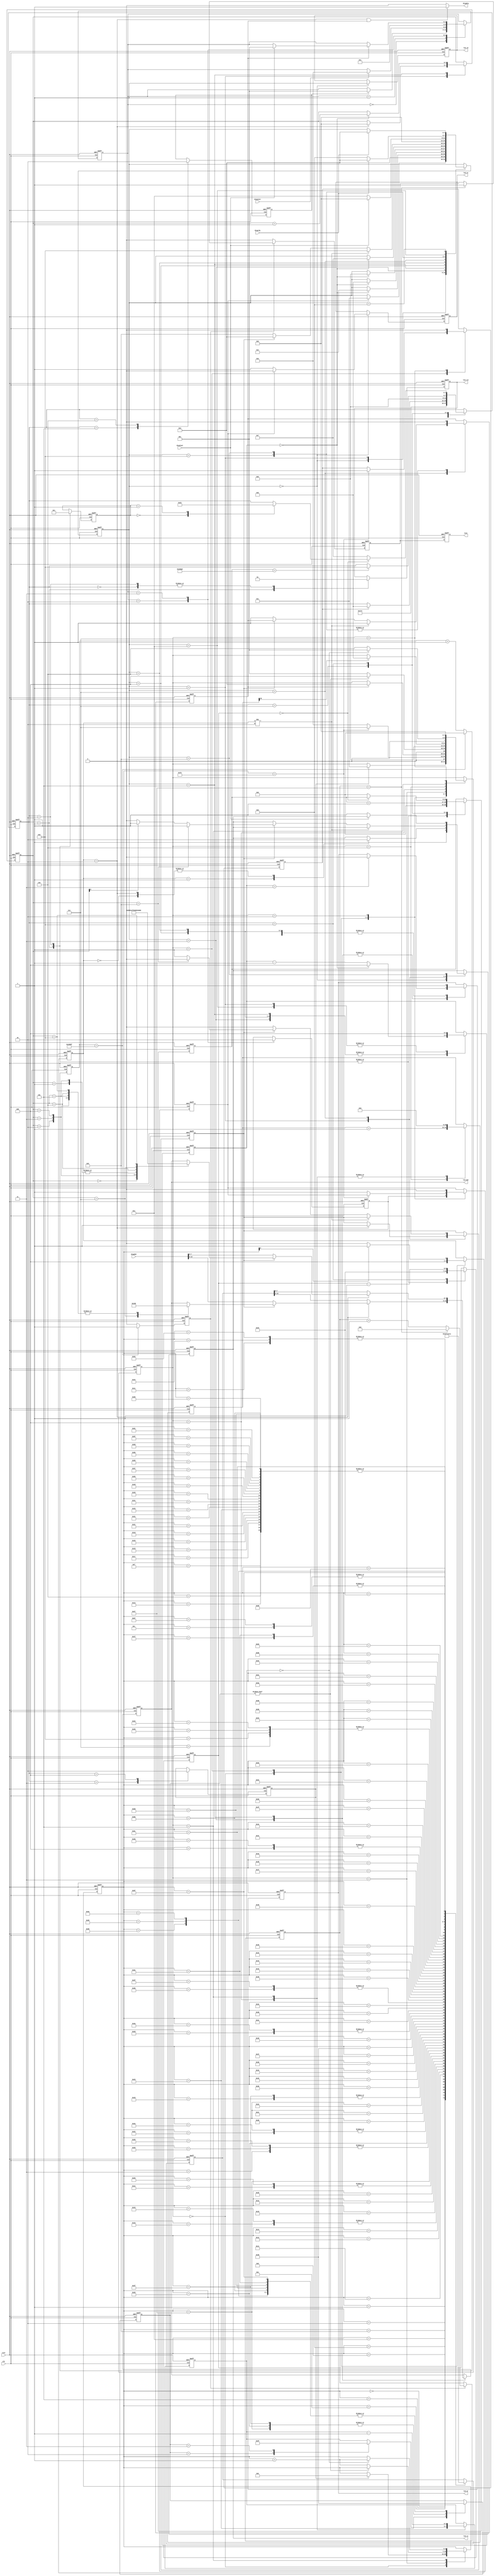
//====================================================================================

  //  Data             :     2013-03-10
  //  Rev              :     1.0
  //  HomePage         :     hevc265.taobao.com       
   
//====================================================================================

 
  


//====================================================================================



`timescale 1ns / 1ps


module LCD_top(
	       rstn,	
               clk, 
               dispinit,
               dispdat,
               disprdy,
               displast,
                         
               lcd_rst,        
               lcd_cs,
               lcd_rs,
               lcd_rd,
               lcd_wr,
               lcd_dat,
               dispdrq,
               test                 		  		  
	      );     
			  
			  
			  
input rstn;	
input clk;
input dispinit;
input [15:0]dispdat;
input disprdy;
input displast;
 
output lcd_rst;
output lcd_cs;
output lcd_rs;
output lcd_rd;
output lcd_wr;
output [7:0]lcd_dat;

output dispdrq;
output test;



//====================================================

reg lcd_rst;
reg lcd_cs;
reg lcd_rs;
reg lcd_rd;
reg lcd_wr;
reg [7:0]lcd_dat;


//====================================================


reg [16:0]dlycnt;
reg [6:0]dly1ms;
reg [2:0]dlyback;
reg parstart;
reg dispstart;


reg [3:0]ctrl;

parameter  LCD_IDLE    = 4'd0;
parameter  LCD_INIT    = 4'd1;
parameter  SET_RST     = 4'd2;
parameter  SET_PAR     = 4'd3;
parameter  WT_PAR      = 4'd4;
parameter  WRT_PIX     = 4'd5;
parameter  WT_PIX      = 4'd6;
parameter  DE_LAY      = 4'd7;
parameter  DE_LAY1     = 4'd8;





reg [3:0]wctrl;

parameter W_IDLE     = 4'd0;
parameter W_INIT     = 4'd1;
parameter W_SETNCS   = 4'd2;
parameter W_SETWR    = 4'd3;
parameter W_SETWR1   = 4'd4;
parameter W_SETWR2   = 4'd5;
parameter W_SETWR3   = 4'd6;
parameter W_END1     = 4'd7;
parameter W_END2     = 4'd8;
parameter W_END3     = 4'd9;
parameter W_END4     = 4'd10;
parameter W_WTPIX    = 4'd11;

reg [2:0]wdly;
reg wpixfst;
reg wdone;

reg [15:0]wdata;
reg [1:0]pdlysty;


reg [3:0]pctrl;

parameter PAR_IDLE     = 4'd0;
parameter PAR_WINIT    = 4'd1;
parameter PAR_WAIT     = 4'd2;
parameter PAR_NXT      = 4'd3;
parameter PAR_DLY      = 4'd4;
parameter PAR_DLY1     = 4'd5;
parameter PAR_8MS      = 4'd6;
parameter PAR_END      = 4'd7;

reg [6:0]wparacnt;
reg wstart;
reg [1:0]wstyle;

reg [20:0]pdlycnt;
reg [3:0]pdlycnt1;
reg paradone;


reg [2:0]dctrl;

parameter DISP_IDLE  = 3'd0;
parameter DISP_FRMI  = 3'd1;
parameter DISP_FRMW0 = 3'd2;
parameter DISP_FRMW1 = 3'd3;


reg [8:0]disprown;
reg [7:0]dispcoln;
reg dispwrti;
reg wlast;

reg [15:0]wpixdata;

reg time1ms;
reg [16:0]timecnt;
reg time40ms;
reg [5:0]tmscnt;
reg dispfrmi;


//====================================================




always @(posedge clk or negedge rstn) 
begin
     if(!rstn)
     	  begin

     	  end
     else 
          begin
           
          end
end




//=========================== CONTROL FSM =================================================


always @(posedge clk or negedge rstn) 
begin
     if(!rstn)
     	  begin
     	       lcd_rst <= 1'b1;
     	       
     	       dlycnt <= 17'd0;
     	       dly1ms <= 7'd0;
     	       dlyback <= 3'd0;
     	       
     	       parstart <= 1'b0;
     	       dispstart <= 1'b0;
     	  
               ctrl  <= LCD_IDLE;
     	  end
     else 
          begin
               case(ctrl)
                   LCD_IDLE:
                        begin
                             lcd_rst <= 1'b1;
                             
                             ctrl <= LCD_INIT;       //-- LCD
                        end
                        
                   LCD_INIT:
                        begin                             
                             lcd_rst <= 1'b0;    //-- , keep 100ms;   
                             dlyback <= 3'd0;  
                             dlycnt <= 18'd0;  
                             dly1ms <= 7'd100;
                                                         
                             ctrl <= DE_LAY;      //-- SET_RST;
                        end
                        
                   SET_RST:
                        begin
                             lcd_rst <= 1'b1;
                             
                             dlyback <= 3'd1;
                             dlycnt <= 18'd0;
                             dly1ms <= 7'd100;
                             
                             ctrl <= DE_LAY;      //--  SET_PAR;
                        end
                        
                   SET_PAR:
                        begin
                             parstart <= 1'b1;
                             ctrl <= WT_PAR;
                        end
                   
                   WT_PAR:
                        begin
                             parstart <= 1'b0;   //-- keep 1clk;
                             
                             if(paradone==1'b1)   //-- 
                                begin
                                     ctrl <= WRT_PIX;    //-- Power
                                end
                        end                                               
                        
                   WRT_PIX:
                        begin
                             dispstart <= 1'b1;
                             ctrl <= WT_PIX;
                        end
                        
                   WT_PIX:
                        begin
                             dispstart <= 1'b0;
                        end
                        
                        
                        
                   DE_LAY:
                        begin
                             dlycnt <= dlycnt + 1'b1;
                             if(dlycnt==17'h186a0)      //-- delay 1ms;
                                begin
                                     ctrl <= DE_LAY1;
                                end
                        end   
                        
                   DE_LAY1:
                        begin
                             dly1ms <= dly1ms - 1'b1;
                             if(dly1ms==7'd0)      
                                begin
                                     case(dlyback[2:0])
                                        3'd0:  begin  ctrl <= SET_RST; end
                                        3'd1:  begin  ctrl <= SET_PAR; end
                                     endcase
                                end
                             else
                                begin
                                     dlycnt <= 17'd0;
                                     ctrl <= DE_LAY;
                                end
                        end                            
                                                                    
               endcase
          end
end



//==================== LCD 8BIT WRT CMD ======================================================

reg [3:0]wpixcnt;


always @(posedge clk or negedge rstn) 
begin
     if(!rstn)
     	  begin
               lcd_cs <= 1'b1;
               lcd_rs <= 1'b1;
               lcd_rd <= 1'b1;
               lcd_wr <= 1'b1;
               lcd_dat <= 8'd0;
               
               wdly <= 3'd0;
               wpixfst <= 1'b0;
               wdone <= 1'b0;
               
               wpixcnt <= 4'd0;
               
               wctrl <= W_IDLE;
     	  end
     else 
          begin
               case(wctrl)
                   W_IDLE:
                        begin
                             lcd_rs <= 1'b1;
                             lcd_rd <= 1'b1;
                             lcd_wr <= 1'b1; 
                                                    
                             if(wstart==1'b1)
                                begin
                                     lcd_cs <= 1'b0;
                                     wctrl <= W_INIT;
                                end
                             else
                                begin
                                     lcd_cs <= 1'b1;
                                end
                        end
                       
                   W_INIT:
                        begin
                             case(wstyle[1:0])
                                2'd0:                           //-- write index register;
                                     begin
                                          lcd_rs <= 1'b0;
                                     end
                                2'd1:                           //-- write data to register;
                                     begin
                                          lcd_rs <= 1'b1;
                                     end
                                2'd2:                           //-- write pixel data(write GRAM);
                                     begin
                                          lcd_rs <= 1'b0;       //-- 0022h register; registerGRAM
                                          wpixfst <= 1'b1;
                                          wpixcnt <= 4'd0;
                                     end
                             endcase  
                             
                             wdly <= 3'd4;
                             wctrl <= W_SETWR;      
                        end
                        
                        
                   W_SETWR:
                        begin                            
                             if(wstyle==2'd2)                     //-- 
                                begin
                                     if(wpixfst==1'b1)
                                        begin
                                             case(wpixcnt[3:0])
                                                4'd0:  lcd_dat <= 8'h00;
                                                4'd1:  lcd_dat <= 8'h00;
                                                4'd2:  lcd_dat <= 8'h00;
                                                4'd3:  lcd_dat <= 8'h00;
                                                
                                                4'd4:  lcd_dat <= 8'h00;
                                                4'd5:  lcd_dat <= 8'h00;
                                                4'd6:  lcd_dat <= 8'h00;
                                                4'd7:  lcd_dat <= 8'h01;
                                                4'd8:  lcd_dat <= 8'h00;
                                             endcase
                                             //--lcd_dat <= 8'h00;   //-- ,  "0022h" index register; 0022h register
                                        end
                                     else
                                        begin
                                            //-- lcd_dat <= wpixdata[15:8];
                                             lcd_dat <= dispdat[15:8];
                                        end
                                end
                             else
                                begin
                                     lcd_dat <= wdata[15:8];     //-- 16bit8
                                end
                                
                             if(wdly==3'd3)
                                begin
                                     lcd_wr <= 1'b0;    //-- lcd_wrlcd_RS 10ns
                                end
                             
                             if(wdly==3'd0)                    //-- lcd_wr50ns8clk=64ns
                                begin
                                     wdly <= 3'd4;
                                     wctrl <= W_SETWR1;
                                end 
                             else
                                begin
                                     wdly <= wdly - 1'b1;
                                end                                                             
                        end

                   W_SETWR1:
                        begin
                             lcd_wr <= 1'b1;                 //-- lcd_wr50ns
                             
                             if(wdly==3'd0)    
                                begin
                                     wdly <= 3'd4;
                                     wctrl <= W_SETWR2;
                                end 
                             else
                                begin
                                     wdly <= wdly - 1'b1;
                                end
                        end   
                        
                   W_SETWR2:
                        begin
                             if(wdly==3'd3)
                                begin
                                     lcd_wr <= 1'b0; 
                                end  
                             
                             
                             if(wstyle==2'd2)    //-- GRAM(pix data);
                                begin
                                     if(wpixfst==1'b1)
                                        begin
                                             case(wpixcnt[3:0])
                                                4'd0:  lcd_dat <= 8'h50;
                                                4'd1:  lcd_dat <= 8'h00;
                                                4'd2:  lcd_dat <= 8'h51;
                                                4'd3:  lcd_dat <= 8'hef;
                                                
                                                4'd4:  lcd_dat <= 8'h52;
                                                4'd5:  lcd_dat <= 8'h00;
                                                4'd6:  lcd_dat <= 8'h53;
                                                4'd7:  lcd_dat <= 8'h3f;
                                                4'd8:  lcd_dat <= 8'h22;
                                             endcase                                        
                                        
                                            //-- lcd_dat <= 8'h22;   //-- ,  "0022h" index register; 0022h register
                                        end
                                     else
                                        begin
                                             lcd_dat <= dispdat[7:0];
                                        end                                     
                                     
                                end
                             else
                                begin
                                     lcd_dat <= wdata[7:0];     //-- 16bit8
                                end                             
                             
                             if(wdly==3'd0)    
                                begin
                                     wdly <= 3'd4;
                                     wpixcnt <= wpixcnt + 1'b1;
                                     wctrl <= W_SETWR3;
                                end 
                             else
                                begin
                                     wdly <= wdly - 1'b1;
                                end
                        end 
                        
                   W_SETWR3:
                        begin
                             lcd_wr <= 1'b1;   
                             
                             if(wdly==3'd0)    
                                begin
                                     wdly <= 3'd4;                                    
                                     wctrl <= W_END1;
                                end 
                             else
                                begin
                                     wdly <= wdly - 1'b1;
                                end
                        end     
                        
                   W_END1:
                        begin                               
                             if(wstyle!=2'd2)     //--  16bit
                                begin
                                     wdone <= 1'b1;       //-- keep 1clk;
                                     wctrl <= W_END2;
                                end
                             else            //-- 
                                begin
                                     //--wpixfst <= 1'b0;     //-- 0022h index register;
                                     if(wpixfst==1'b1)
                                        begin
                                             //--lcd_rs <= 1'b1;
                                             if(wpixcnt==4'd9)
                                                begin
                                                    lcd_rs <= 1'b1;
                                                    wpixfst <= 1'b0;
                                                end
                                             else
                                                begin
                                                     if(wpixcnt[0]==1'b0)
                                                        begin
                                                             lcd_rs <= 1'b0;
                                                        end
                                                     else
                                                        begin
                                                             lcd_rs <= 1'b1;
                                                        end
                                                end
                                             wctrl <= W_SETWR;   //--16bit
                                        end
                                     else
                                        begin
                                             wdone <= 1'b1;  
                                             wctrl <= W_END3;
                                        end
                                end
                        end                                            
                                                 
                   W_END2:
                        begin
                             wdone <= 1'b0;
                             
                             wctrl <= W_IDLE;
                        end  
                        
                   W_END3:
                        begin   
                             wdone <= 1'b0;
                             
                             if(displast==1'b1)     //-- 
                                begin
                                     wctrl <= W_IDLE;
                                end                 
                             else
                                begin
                                    lcd_rs <= 1'b1;
                                    wctrl <= W_END4; 
                
                                end                                         
                        end
                        
                   W_END4:
                        begin 
                               wdly <= 3'd4;
                               
                               if(disprdy==1'b1)
                                  begin
                                       wctrl <= W_SETWR;    //-- 
                                  end
                               else
                                  begin
                                       wctrl <= W_WTPIX;
                                  end                        
                        end                    
                        
                    W_WTPIX:
                        begin
                             if(disprdy==1'b1)
                                 begin
                                      wctrl <= W_SETWR;    //-- 
                                 end
                        end                                                                     
                        
               endcase
          end
end



//============================= index reg and data write ===========================================================

always @(posedge clk or negedge rstn) 
begin
     if(!rstn)
     	  begin
     	       wparacnt <= 7'd0;     	       
     	       wstart <= 1'b0;
     	       wstyle <= 2'd0;
     	       
     	       pdlycnt <= 21'd0;
     	       pdlycnt1 <= 4'd0;
     	       
     	       paradone <= 1'b0;
     	  
               pctrl <= PAR_IDLE;               
     	  end
     else 
          begin
               case(pctrl)
                   PAR_IDLE:
                         begin
                               wstyle <= 2'd2;           //--
                               wstart <= dispwrti;       //--,keep 1clk    
                               if(parstart==1'b1)
                                 begin
                                      wparacnt <= 7'd0;
                                      pctrl <= PAR_WINIT;
                                 end
                         end
                         
                   PAR_WINIT:
                         begin
                               
                               if(wparacnt[0]==1'b0)
                                  begin
                                       wstyle <= 2'd0;     //-- wrt index register;
                                  end
                               else
                                  begin
                                       wstyle <= 2'd1;     //-- wrt reg data;
                                  end
                               
                               if(wparacnt==7'd112)
                                  begin
                                       paradone <= 1'b1;    //-- keep 1clk; 
                                       pctrl <= PAR_END;   
                                  end
                               else
                                  begin  
                                       wstart <= 1'b1;      //-- 16bit;
                                       pctrl <= PAR_WAIT;
                                  end
                         end
                         
                    PAR_WAIT:
                         begin
                               wstart <= 1'b0;    //-- keep 1clk;
                               if(wdone==1'b1)    //-- 
                                  begin
                                       pctrl <= PAR_NXT;
                                  end
                         end
                         
                    PAR_NXT:
                         begin
                              if(pdlysty!=2'd0)           //-- 
                                  begin
                                       pctrl <= PAR_DLY;
                                  end
                              else
                                  begin
                                       wparacnt <= wparacnt + 1'b1;
                                       pctrl <= PAR_WINIT;
                                  end
                         end
                         
                    PAR_DLY:
                         begin                                                           
                              case(pdlysty[1:0])
                                 2'd2:  begin pdlycnt1 <= 4'd5; end
                                 2'd3:  begin pdlycnt1 <= 4'd15; end
                              endcase
                              
                              pdlycnt <= 21'd0;
                              pctrl <= PAR_8MS;
                         end
                         
                         
                    PAR_8MS:
                         begin
                              pdlycnt <= pdlycnt + 1'b1;
                              if(pdlycnt[20]==1'b1)        
                                 begin
                                      pctrl <= PAR_DLY1;
                                 end                   
                         end
                         
                    PAR_DLY1:
                         begin
                              pdlycnt <= 21'd0;
                              pdlycnt1 <= pdlycnt1 - 1'b1;
                              
                              if(pdlycnt1==4'd0)
                                 begin
                                      wparacnt <= wparacnt + 1'b1;
                                      pctrl <= PAR_WINIT;
                                 end
                              else
                                 begin
                                      pctrl <= PAR_8MS;
                                 end                              
                         end                         
                         
                    PAR_END:
                         begin
                              paradone <= 1'b0;
                              pctrl <= PAR_IDLE;
                         end
               endcase                                                                           
          end
end




always @(posedge clk or negedge rstn) 
begin
    if(!rstn)
    	  begin
               wdata <= 16'd0;
               pdlysty <= 2'd0;
    	  end
    else 
         begin
              case(wparacnt[6:0])    //-- wdataindex regreg data pdlysty
                  7'd0:   begin  wdata <= 16'h00e3;  pdlysty <= 2'd0;       end  
                  7'd1:   begin  wdata <= 16'h3008;  pdlysty <= 2'd0;       end 
                  7'd2:   begin  wdata <= 16'h00e7;  pdlysty <= 2'd0;       end 
                  7'd3:   begin  wdata <= 16'h0012;  pdlysty <= 2'd0;       end                   
                  7'd4:   begin  wdata <= 16'h00ef;  pdlysty <= 2'd0;       end  
                  7'd5:   begin  wdata <= 16'h1231;  pdlysty <= 2'd0;       end 
                  7'd6:   begin  wdata <= 16'h0000;  pdlysty <= 2'd0;       end 
                  7'd7:   begin  wdata <= 16'h0001;  pdlysty <= 2'd0;       end                   
                  7'd8:   begin  wdata <= 16'h0001;  pdlysty <= 2'd0;       end 
                  7'd9:   begin  wdata <= 16'h0100;  pdlysty <= 2'd0;       end                  
                  7'd10:  begin  wdata <= 16'h0002;  pdlysty <= 2'd0;       end  
                  7'd11:  begin  wdata <= 16'h0700;  pdlysty <= 2'd0;       end 
                  7'd12:  begin  wdata <= 16'h0003;  pdlysty <= 2'd0;       end 
                  7'd13:  begin  wdata <= 16'h1028;  pdlysty <= 2'd0;       end                                                      
                  7'd14:  begin  wdata <= 16'h0004;  pdlysty <= 2'd0;       end  
                  7'd15:  begin  wdata <= 16'h0000;  pdlysty <= 2'd0;       end 

                  7'd16:  begin  wdata <= 16'h0008;  pdlysty <= 2'd0;       end 
                  7'd17:  begin  wdata <= 16'h0808;  pdlysty <= 2'd0;       end                     
                  7'd18:  begin  wdata <= 16'h0009;  pdlysty <= 2'd0;       end  
                  7'd19:  begin  wdata <= 16'h0000;  pdlysty <= 2'd0;       end 
                  7'd20:  begin  wdata <= 16'h000a;  pdlysty <= 2'd0;       end 
                  7'd21:  begin  wdata <= 16'h0008;  pdlysty <= 2'd0;       end                                      
                  7'd22:  begin  wdata <= 16'h000c;  pdlysty <= 2'd0;       end  
                  7'd23:  begin  wdata <= 16'h0000;  pdlysty <= 2'd0;       end 
                  7'd24:  begin  wdata <= 16'h000d;  pdlysty <= 2'd0;       end 
                  7'd25:  begin  wdata <= 16'h0000;  pdlysty <= 2'd0;       end                   
                  7'd26:  begin  wdata <= 16'h000f;  pdlysty <= 2'd0;       end  
                  7'd27:  begin  wdata <= 16'h0000;  pdlysty <= 2'd0;       end 
                  7'd28:  begin  wdata <= 16'h0010;  pdlysty <= 2'd0;       end     //-- power on sequence
                  7'd29:  begin  wdata <= 16'h0000;  pdlysty <= 2'd0;       end                                                         
                  7'd30:  begin  wdata <= 16'h0011;  pdlysty <= 2'd0;       end  
                  7'd31:  begin  wdata <= 16'h0007;  pdlysty <= 2'd0;       end 
                  
                  7'd32:  begin  wdata <= 16'h0012;  pdlysty <= 2'd0;       end 
                  7'd33:  begin  wdata <= 16'h0000;  pdlysty <= 2'd0;       end                          
                  7'd34:  begin  wdata <= 16'h0013;  pdlysty <= 2'd0;       end 
                  7'd35:  begin  wdata <= 16'h0000;  pdlysty <= 2'd3;       end     //-- delay 200ms;  Discharge capacitor power voltage                 
                  7'd36:  begin  wdata <= 16'h0010;  pdlysty <= 2'd0;       end  
                  7'd37:  begin  wdata <= 16'h1190;  pdlysty <= 2'd0;       end     //-- SAP
                  7'd38:  begin  wdata <= 16'h0011;  pdlysty <= 2'd0;       end     
                  7'd39:  begin  wdata <= 16'h0227;  pdlysty <= 2'd2;       end     //-- delay 50ms;                                                        
                  7'd40:  begin  wdata <= 16'h0012;  pdlysty <= 2'd0;       end  
                  7'd41:  begin  wdata <= 16'h001d;  pdlysty <= 2'd2;       end     //-- delay 50ms;
                  7'd42:  begin  wdata <= 16'h0013;  pdlysty <= 2'd0;       end 
                  7'd43:  begin  wdata <= 16'h1a00;  pdlysty <= 2'd0;       end                       
                  7'd44:  begin  wdata <= 16'h0029;  pdlysty <= 2'd0;       end 
                  7'd45:  begin  wdata <= 16'h0035;  pdlysty <= 2'd0;       end                   
                  7'd46:  begin  wdata <= 16'h002b;  pdlysty <= 2'd0;       end  
                  7'd47:  begin  wdata <= 16'h000d;  pdlysty <= 2'd2;       end      //-- delay 50ms;
                   
                  7'd48:  begin  wdata <= 16'h0020;  pdlysty <= 2'd0;       end     
                  7'd49:  begin  wdata <= 16'h0000;  pdlysty <= 2'd0;       end      //-- GRAM horizontal Address                   
                  7'd50:  begin  wdata <= 16'h0021;  pdlysty <= 2'd0;       end      //-- GRAM Vertical Address
                  7'd51:  begin  wdata <= 16'h0000;  pdlysty <= 2'd0;       end     
                  7'd52:  begin  wdata <= 16'h0030;  pdlysty <= 2'd0;       end      //-- Adjust the Gamma Curve
                  7'd53:  begin  wdata <= 16'h0001;  pdlysty <= 2'd0;       end     
                  7'd54:  begin  wdata <= 16'h0031;  pdlysty <= 2'd0;       end 
                  7'd55:  begin  wdata <= 16'h0507;  pdlysty <= 2'd0;       end     
                  7'd56:  begin  wdata <= 16'h0032;  pdlysty <= 2'd0;       end  
                  7'd57:  begin  wdata <= 16'h0305;  pdlysty <= 2'd0;       end     
                  7'd58:  begin  wdata <= 16'h0035;  pdlysty <= 2'd0;       end     
                  7'd59:  begin  wdata <= 16'h0103;  pdlysty <= 2'd0;       end     
                  7'd60:  begin  wdata <= 16'h0036;  pdlysty <= 2'd0;       end  
                  7'd61:  begin  wdata <= 16'h1c0c;  pdlysty <= 2'd0;       end     
                  7'd62:  begin  wdata <= 16'h0037;  pdlysty <= 2'd0;       end 
                  7'd63:  begin  wdata <= 16'h0103;  pdlysty <= 2'd0;       end                       
                  
                   7'd64: begin  wdata <= 16'h0038;  pdlysty <= 2'd0;       end 
                   7'd65: begin  wdata <= 16'h0000;  pdlysty <= 2'd0;       end                       
                   7'd66: begin  wdata <= 16'h0039;  pdlysty <= 2'd0;       end  
                   7'd67: begin  wdata <= 16'h0707;  pdlysty <= 2'd0;       end     
                   7'd68: begin  wdata <= 16'h003c;  pdlysty <= 2'd0;       end     
                   7'd69: begin  wdata <= 16'h0301;  pdlysty <= 2'd0;       end     
                   7'd70: begin  wdata <= 16'h003d;  pdlysty <= 2'd0;       end  
                   7'd71: begin  wdata <= 16'h1b09;  pdlysty <= 2'd0;       end     
                   7'd72: begin  wdata <= 16'h0050;  pdlysty <= 2'd0;       end   //-- Set GRAM area;  Horizontal GRAM Start Address
                   7'd73: begin  wdata <= 16'h0000;  pdlysty <= 2'd0;       end                       
                   7'd74: begin  wdata <= 16'h0051;  pdlysty <= 2'd0;       end 
                   7'd75: begin  wdata <= 16'h00ef;  pdlysty <= 2'd0;       end   //-- Horizontal GRAM End Address  240
                   7'd76: begin  wdata <= 16'h0052;  pdlysty <= 2'd0;       end  
                   7'd77: begin  wdata <= 16'h0000;  pdlysty <= 2'd0;       end   //-- Vertical GRAM Start Address  
                   7'd78: begin  wdata <= 16'h0053;  pdlysty <= 2'd0;       end     
                   7'd79: begin  wdata <= 16'h013f;  pdlysty <= 2'd0;       end   //-- Vertical GRAM Start Address  320  
                  
                    7'd80:begin  wdata <= 16'h0060;  pdlysty <= 2'd0;       end  
                    7'd81:begin  wdata <= 16'ha700;  pdlysty <= 2'd0;       end   //-- Gate Scan Line  
                    7'd82:begin  wdata <= 16'h0061;  pdlysty <= 2'd0;       end     
                    7'd83:begin  wdata <= 16'h0001;  pdlysty <= 2'd0;       end   //-- NDL,VLE  
                    7'd84:begin  wdata <= 16'h006a;  pdlysty <= 2'd0;       end 
                    7'd85:begin  wdata <= 16'h0000;  pdlysty <= 2'd0;       end   //-- set scrolling line  
                    7'd86:begin  wdata <= 16'h0080;  pdlysty <= 2'd0;       end  
                    7'd87:begin  wdata <= 16'h0000;  pdlysty <= 2'd0;       end     
                    7'd88:begin  wdata <= 16'h0081;  pdlysty <= 2'd0;       end     
                    7'd89:begin  wdata <= 16'h0000;  pdlysty <= 2'd0;       end     
                    7'd90:begin  wdata <= 16'h0082;  pdlysty <= 2'd0;       end  
                    7'd91:begin  wdata <= 16'h0000;  pdlysty <= 2'd0;       end     
                    7'd92:begin  wdata <= 16'h0083;  pdlysty <= 2'd0;       end 
                    7'd93:begin  wdata <= 16'h0000;  pdlysty <= 2'd0;       end                       
                    7'd94:begin  wdata <= 16'h0084;  pdlysty <= 2'd0;       end 
                    7'd95:begin  wdata <= 16'h0000;  pdlysty <= 2'd0;       end                      
                   
                    7'd96: begin  wdata <= 16'h0085;  pdlysty <= 2'd0;       end  
                    7'd97: begin  wdata <= 16'h0000;  pdlysty <= 2'd0;       end
                    7'd98: begin  wdata <= 16'h0090;  pdlysty <= 2'd0;       end  
                    7'd99: begin  wdata <= 16'h0010;  pdlysty <= 2'd0;       end    
                    7'd100:begin  wdata <= 16'h0092;  pdlysty <= 2'd0;       end 
                    7'd101:begin  wdata <= 16'h0000;  pdlysty <= 2'd0;       end                                      
                    7'd102:begin  wdata <= 16'h0093;  pdlysty <= 2'd0;       end  
                    7'd103:begin  wdata <= 16'h0003;  pdlysty <= 2'd0;       end 
                    7'd104:begin  wdata <= 16'h0095;  pdlysty <= 2'd0;       end 
                    7'd105:begin  wdata <= 16'h0110;  pdlysty <= 2'd0;       end                   
                    7'd106:begin  wdata <= 16'h0097;  pdlysty <= 2'd0;       end  
                    7'd107:begin  wdata <= 16'h0000;  pdlysty <= 2'd0;       end 
                    7'd108:begin  wdata <= 16'h0098;  pdlysty <= 2'd0;       end     
                    7'd109:begin  wdata <= 16'h0000;  pdlysty <= 2'd0;       end                                                                             
                    7'd110:begin  wdata <= 16'h0007;  pdlysty <= 2'd0;       end  
                    7'd111:begin  wdata <= 16'h0133;  pdlysty <= 2'd0;       end                                                                                                                                                                                                                                                                                                     
              endcase
         end
end


//==================== display data write ===============================================

assign dispdrq = (wstyle==2'd2 && wdone==1'b1)? 1'b1 : 1'b0;

always @(posedge clk or negedge rstn) 
begin
     if(!rstn)
     	  begin
               dctrl <= DISP_IDLE;     

               disprown <= 9'd0;
               dispcoln <= 8'd0;
               dispwrti <= 1'b0;     
               wlast <= 1'b0;        
     	  end
     else 
          begin
               case(dctrl)
                   DISP_IDLE:
                         begin
                              if(dispstart==1'b1)            //-- 
                                 begin
                                      dctrl <= DISP_FRMI;
                                 end
                         end
                         
                   DISP_FRMI:
                         begin
                              if(dispinit==1'b1)             //-- 
                                 begin
                                      dctrl <= DISP_FRMW0;
                                 end
                         end
                         
                   DISP_FRMW0:
                         begin
                              disprown <= 9'd0;
                              dispcoln <= 8'd0;
                              dispwrti <= 1'b1;     //-- keep 1clk;
                              wlast <= 1'b0;
                              dctrl <= DISP_FRMW1;
                         end
                         
                   DISP_FRMW1:
                         begin
                              dispwrti <= 1'b0;     //-- keep 1clk;
                              
                              if(wdone==1'b1)
                                 begin
                                      if(displast==1'b1)
                                         begin
                                              dctrl <= DISP_FRMI;
                                         end
                                 end
                              
                         end                       
                         
               endcase
          end
end



reg [4:0]pixdat;
reg pixadd;
always @(posedge clk or negedge rstn) 
begin
     if(!rstn)
     	  begin
               pixdat <= 5'd0;
               pixadd <= 1'b1;
     	  end
     else 
          begin
               if(dispfrmi==1'b1)
                  begin
                       if(pixdat==5'd1)
                          begin
                              pixadd <= 1'b1;
                          end
                       else
                          begin
                              if(pixdat==5'd30)
                                 begin
                                      pixadd <= 1'b0;
                                 end
                          end
                       
                       if(pixadd==1'b1)
                          begin  
                               pixdat <= pixdat + 1'b1;
                          end
                       else
                          begin
                               pixdat <= pixdat - 1'b1;
                          end
                  end
          end
end                         

always @(posedge clk or negedge rstn) 
begin
     if(!rstn)
     	  begin
               wpixdata <= 16'h0000;                  //-- 
     	  end
     else 
          begin
               if(disprown[8]==1'b1)               //-- 
                  begin
                      //-- wpixdata <= 16'h001f;
                       wpixdata <= {11'd0,pixdat[4:0]};
                  end
               else
                  begin
                       if(disprown[7]==1'b1)
                          begin
                              //-- wpixdata <= 16'h07e0;
                               wpixdata <= {5'd0,1'b0,pixdat[4:0],5'd0};
                          end
                       else
                          begin
                              //-- wpixdata <= 16'hf800;
                               wpixdata <= {pixdat[4:0],11'd0};
                          end
                  end
          end
end



assign test = dispfrmi;

always @(posedge clk or negedge rstn) 
begin
     if(!rstn)
     	  begin
               timecnt <= 17'd0;
               time1ms <= 1'b0;
               tmscnt <= 6'd0;
               time40ms <= 1'b0;
               
               dispfrmi <= 1'b0;
     	  end
     else 
          begin
               if(timecnt==17'h1869f)       //-- when clk=100Mhz
                   begin
                        timecnt <= 17'd0;
                        time1ms <= 1'b1;    //-- 1ms; keep 1clk;
                   end
               else
                   begin
                        time1ms <= 1'b0;
                        timecnt <= timecnt + 1'b1;
                   end
                   
               if(time1ms==1'b1)
                   begin
                        if(tmscnt==6'd39)
                            begin
                                 time40ms <= 1'b1;    //-- 40ms; keep 1clk;
                                 tmscnt <= 6'd0;
                            end
                        else
                            begin
                                 tmscnt <= tmscnt + 1'b1;
                            end
                   end
                else
                   begin
                        time40ms <= 1'b0;
                   end
                   
                dispfrmi <= time40ms;           //-- 25fps;  25fps
          end
end

//==========================================================================================
	
endmodule